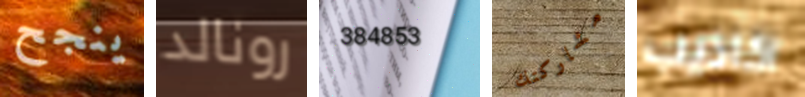
ينجح رونالد 384853 مشاركتك اكاذيب